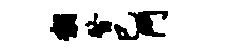
黼瞥巳斗